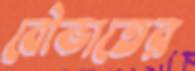
বৌভাতের